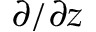
\partial / \partial z